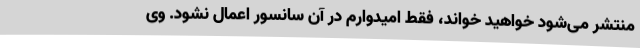
منتشر می‌شود خواهید خواند، فقط امیدوارم در آن سانسور اعمال نشود. وی